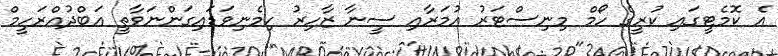
އެ ކޮމެޓީގައި ކުރީގެ ހޯމް މިނިސްޓަރު އުމަރާއި ސީނާ ޒާހިރު ހިމެނިވަޑައިގަންނަވާތީ އަބްދުއްރަހީމް